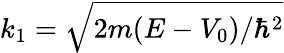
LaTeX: k_{1}={\sqrt{2m(E-V_{0})/\hbar^{2}}}